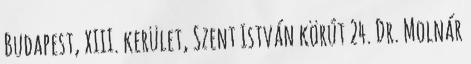
Budapest, XIII. kerület, Szent István körút 24. Dr. Molnár